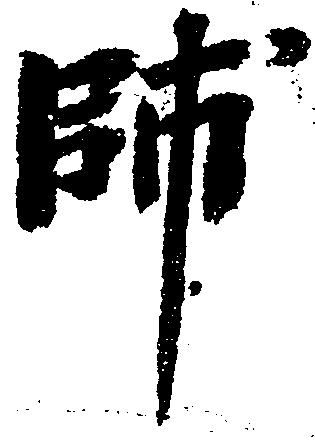
帥